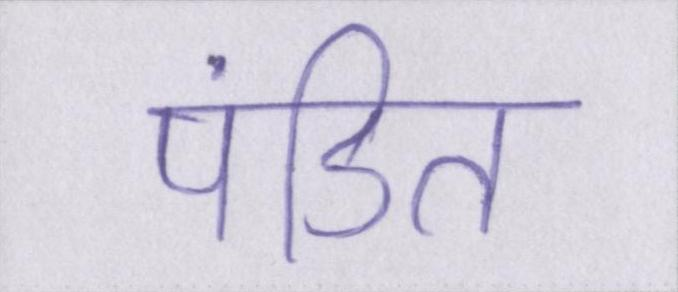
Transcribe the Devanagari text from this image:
पंडित